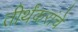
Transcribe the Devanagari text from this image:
तीर्थंकरांचे